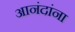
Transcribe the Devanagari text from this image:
आनंदांना